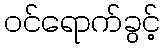
ဝင်ရောက်ခွင့်